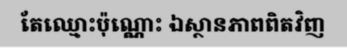
តែឈ្មោះប៉ុណ្ណោះ ឯស្ថានភាពពិតវិញ